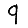
Digit: 9